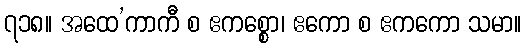
၇၁၈။ အထေ’ကာကီ စ ဧကစ္စော၊ ဧကော စ ဧကကော သမာ။